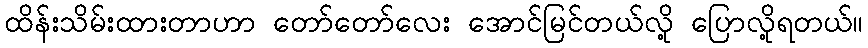
ထိန်းသိမ်းထားတာဟာ တော်တော်လေး အောင်မြင်တယ်လို့ ပြောလို့ရတယ်။